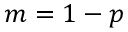
m = 1 - p